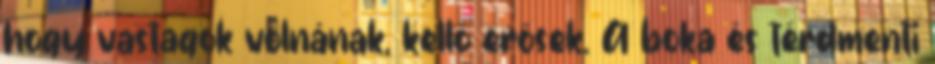
hogy vastagok volnának, kellő erősek. A boka és térdmenti